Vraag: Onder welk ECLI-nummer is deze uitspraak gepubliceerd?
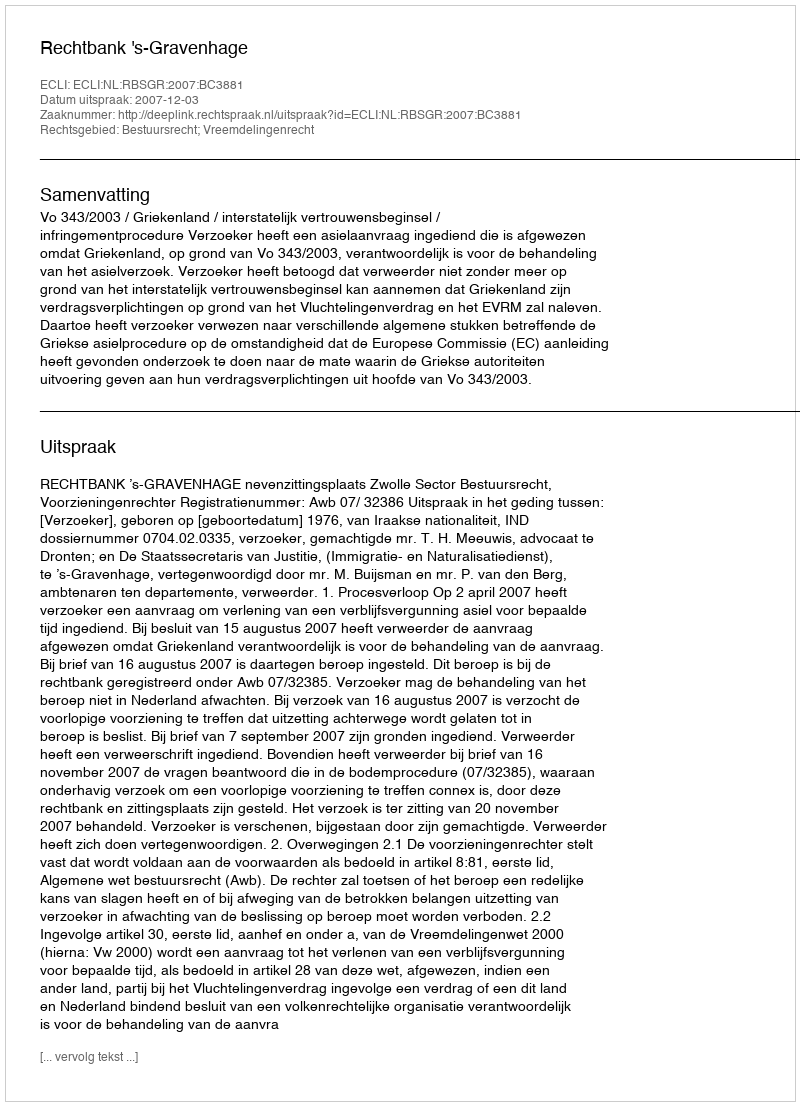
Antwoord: ECLI:NL:RBSGR:2007:BC3881